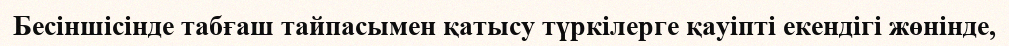
Бесіншісінде табғаш тайпасымен қатысу түркілерге қауіпті екендігі жөнінде,